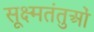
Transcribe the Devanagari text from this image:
सूक्ष्मतंतुओं